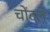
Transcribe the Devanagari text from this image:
चोंदले